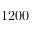
1 2 0 0